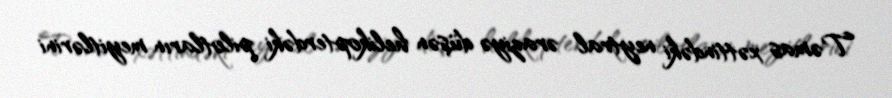
Təmas xəttindəki neytral əraziyə düşən helikopterdəki pilotların meyitlərini